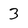
Character: 3